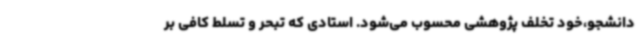
دانشجو،خود تخلف پژوهشی محسوب می‌شود. استادی که تبحر و تسلط کافی بر